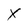
Character: X